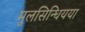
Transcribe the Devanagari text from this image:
मुलसिन्धियया